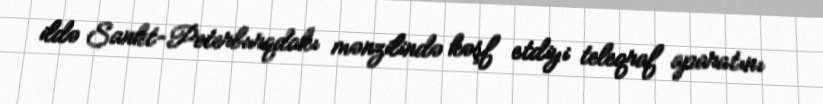
ildə Sankt-Peterburqdakı mənzilində kəşf etdiyi teleqraf aparatını